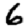
Digit: 6